Scottish Leaving Certificate Examination, 1957
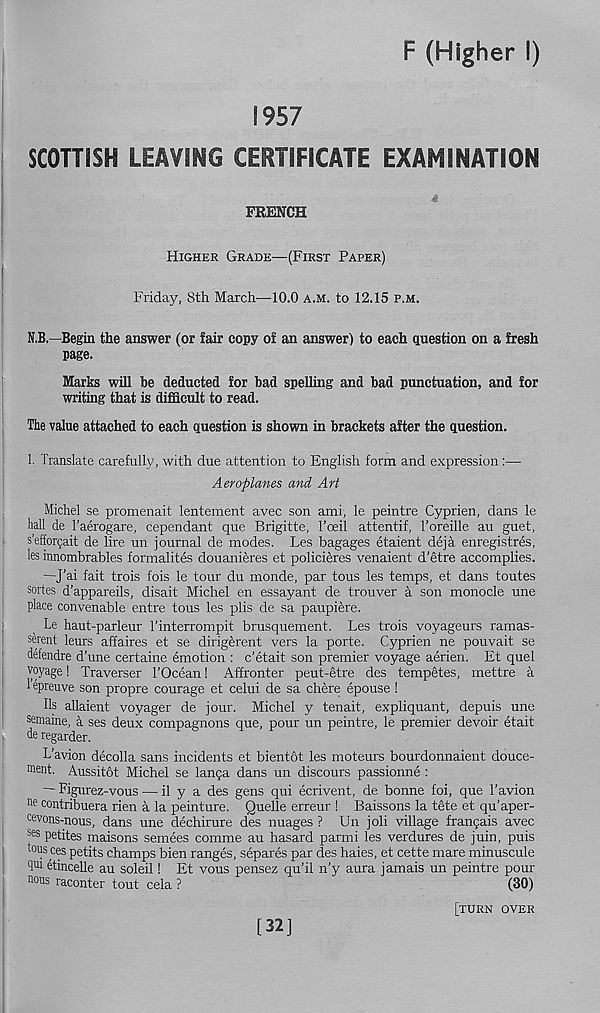
F (Higher I)
1957
SCOTTISH LEAVING CERTIFICATE EXAMINATION
$
FRENCH
Higher Grade—(First Paper)
Friday, 8th March—10.0 a.m. to 12.15 p.m.
N.B.—Begin the answer (or fair copy of an answer) to each question on a fresh
page.
Marks will he deducted for bad spelling and bad punctuation, and for
writing that is difficult to read.
The value attached to each question is shown in brackets after the question.
1. Translate carefully, with due attention to English form and expression :—■
Aeroplanes and Art
Michel se promenait lentement avec son ami, le peintre Cyprien, dans le
hall de Taerogare, cependant que Brigitte, Toeil attentif, Toreille au guet,
s’eifor$ait de lire un journal de modes. Les bagages etaient deja enregistres,
les innombrables formalites douanieres et polici^res venaient d’etre accomplies.
—J’ai fait trois fois le tour du monde, par tous les temps, et dans toutes
sortes d’appareils, disait Michel en essayant de trouver a son monocle une
place convenable entre tous les plis de sa paupiere.
Le haut-parleur Tinterrompit brusquement. Les trois voyageurs ramas-
serent leurs affaires et se dirigerent vers la porte. Cyprien ne pouvait se
defendre d’une certaine emotion : c’etait son premier voyage aerien. Et quel
voyage! Traverser TOcean! Affronter peut-etre des tempetes, mettre a
1 epreuve son propre courage et celui de sa chere epouse !
Us allaient voyager de jour. Michel y tenait, expliquant, depuis une
semaine, a ses deux compagnons que, pour un peintre, le premier devoir etait
de regarder.
L’avion decolla sans incidents et bientot les moteurs bourdonnaient douce-
ment. Aussitot Michel se lan5a dans un discours passionne :
— Figurez-vous — il y a des gens qui ecrivent, de bonne foi, que 1’avion
ne contribuera rien a la peinture. Quelle erreur ! Baissons la tete et qu’aper-
cevons-nous, dans une dechirure des images ? Un joli village frangais avec
^es petites maisons semees comme au hasard parmi les verdures de juin, puis
tous ces petits champs bien ranges, separes par des haies, et cette mare minuscule
qui etinceEe au soleil! Et vous pensez qu’il n’y aura jamais un peintre pour
nous raconter tout cela ?
(30)
[turn over
[32]